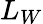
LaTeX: L_{W}